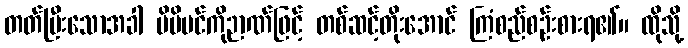
တတ်ပြီးသောအခါ မိမိပင်ကိုဉာဏ်ဖြင့် တစ်ဆင့်တိုးအောင် ကြံစည်စဉ်းစားရ၏။ ထိုသို့